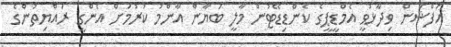
އަފްޝަން ވިދާޅުވީ އެމްޑީޕީގެ ކެންޑިޑޭޓުން މާލީ ބަޔާން އާންމު ކުރުމަށް އެންގީ ރައްޔިތުންގެ